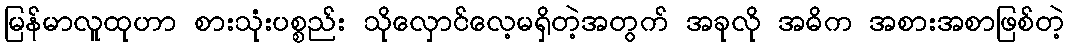
မြန်မာလူထုဟာ စားသုံးပစ္စည်း သိုလှောင်လေ့မရှိတဲ့အတွက် အခုလို အဓိက အစားအစာဖြစ်တဲ့